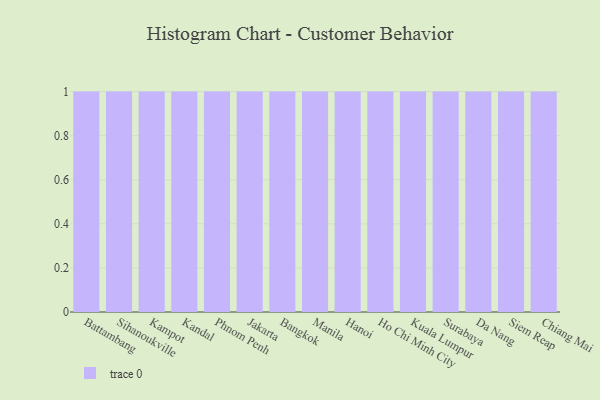
{"axis": {"x": "City", "y": "Net Income (USD K)"}, "legend": [""], "data": [{"x": "Battambang", "y": 65, "type": ""}, {"x": "Sihanoukville", "y": 86, "type": ""}, {"x": "Kampot", "y": 83, "type": ""}, {"x": "Kandal", "y": 18, "type": ""}, {"x": "Phnom Penh", "y": 82, "type": ""}, {"x": "Jakarta", "y": 52, "type": ""}, {"x": "Bangkok", "y": 13, "type": ""}, {"x": "Manila", "y": 9, "type": ""}, {"x": "Hanoi", "y": 85, "type": ""}, {"x": "Ho Chi Minh City", "y": 65, "type": ""}, {"x": "Kuala Lumpur", "y": 38, "type": ""}, {"x": "Surabaya", "y": 21, "type": ""}, {"x": "Da Nang", "y": 76, "type": ""}, {"x": "Siem Reap", "y": 6, "type": ""}, {"x": "Chiang Mai", "y": 11, "type": ""}]}